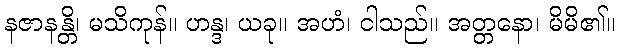
နဇာနန္တိ၊ မသိကုန်။ ဟန္ဒ၊ ယခု။ အဟံ၊ ငါသည်။ အတ္တနော၊ မိမိ၏။